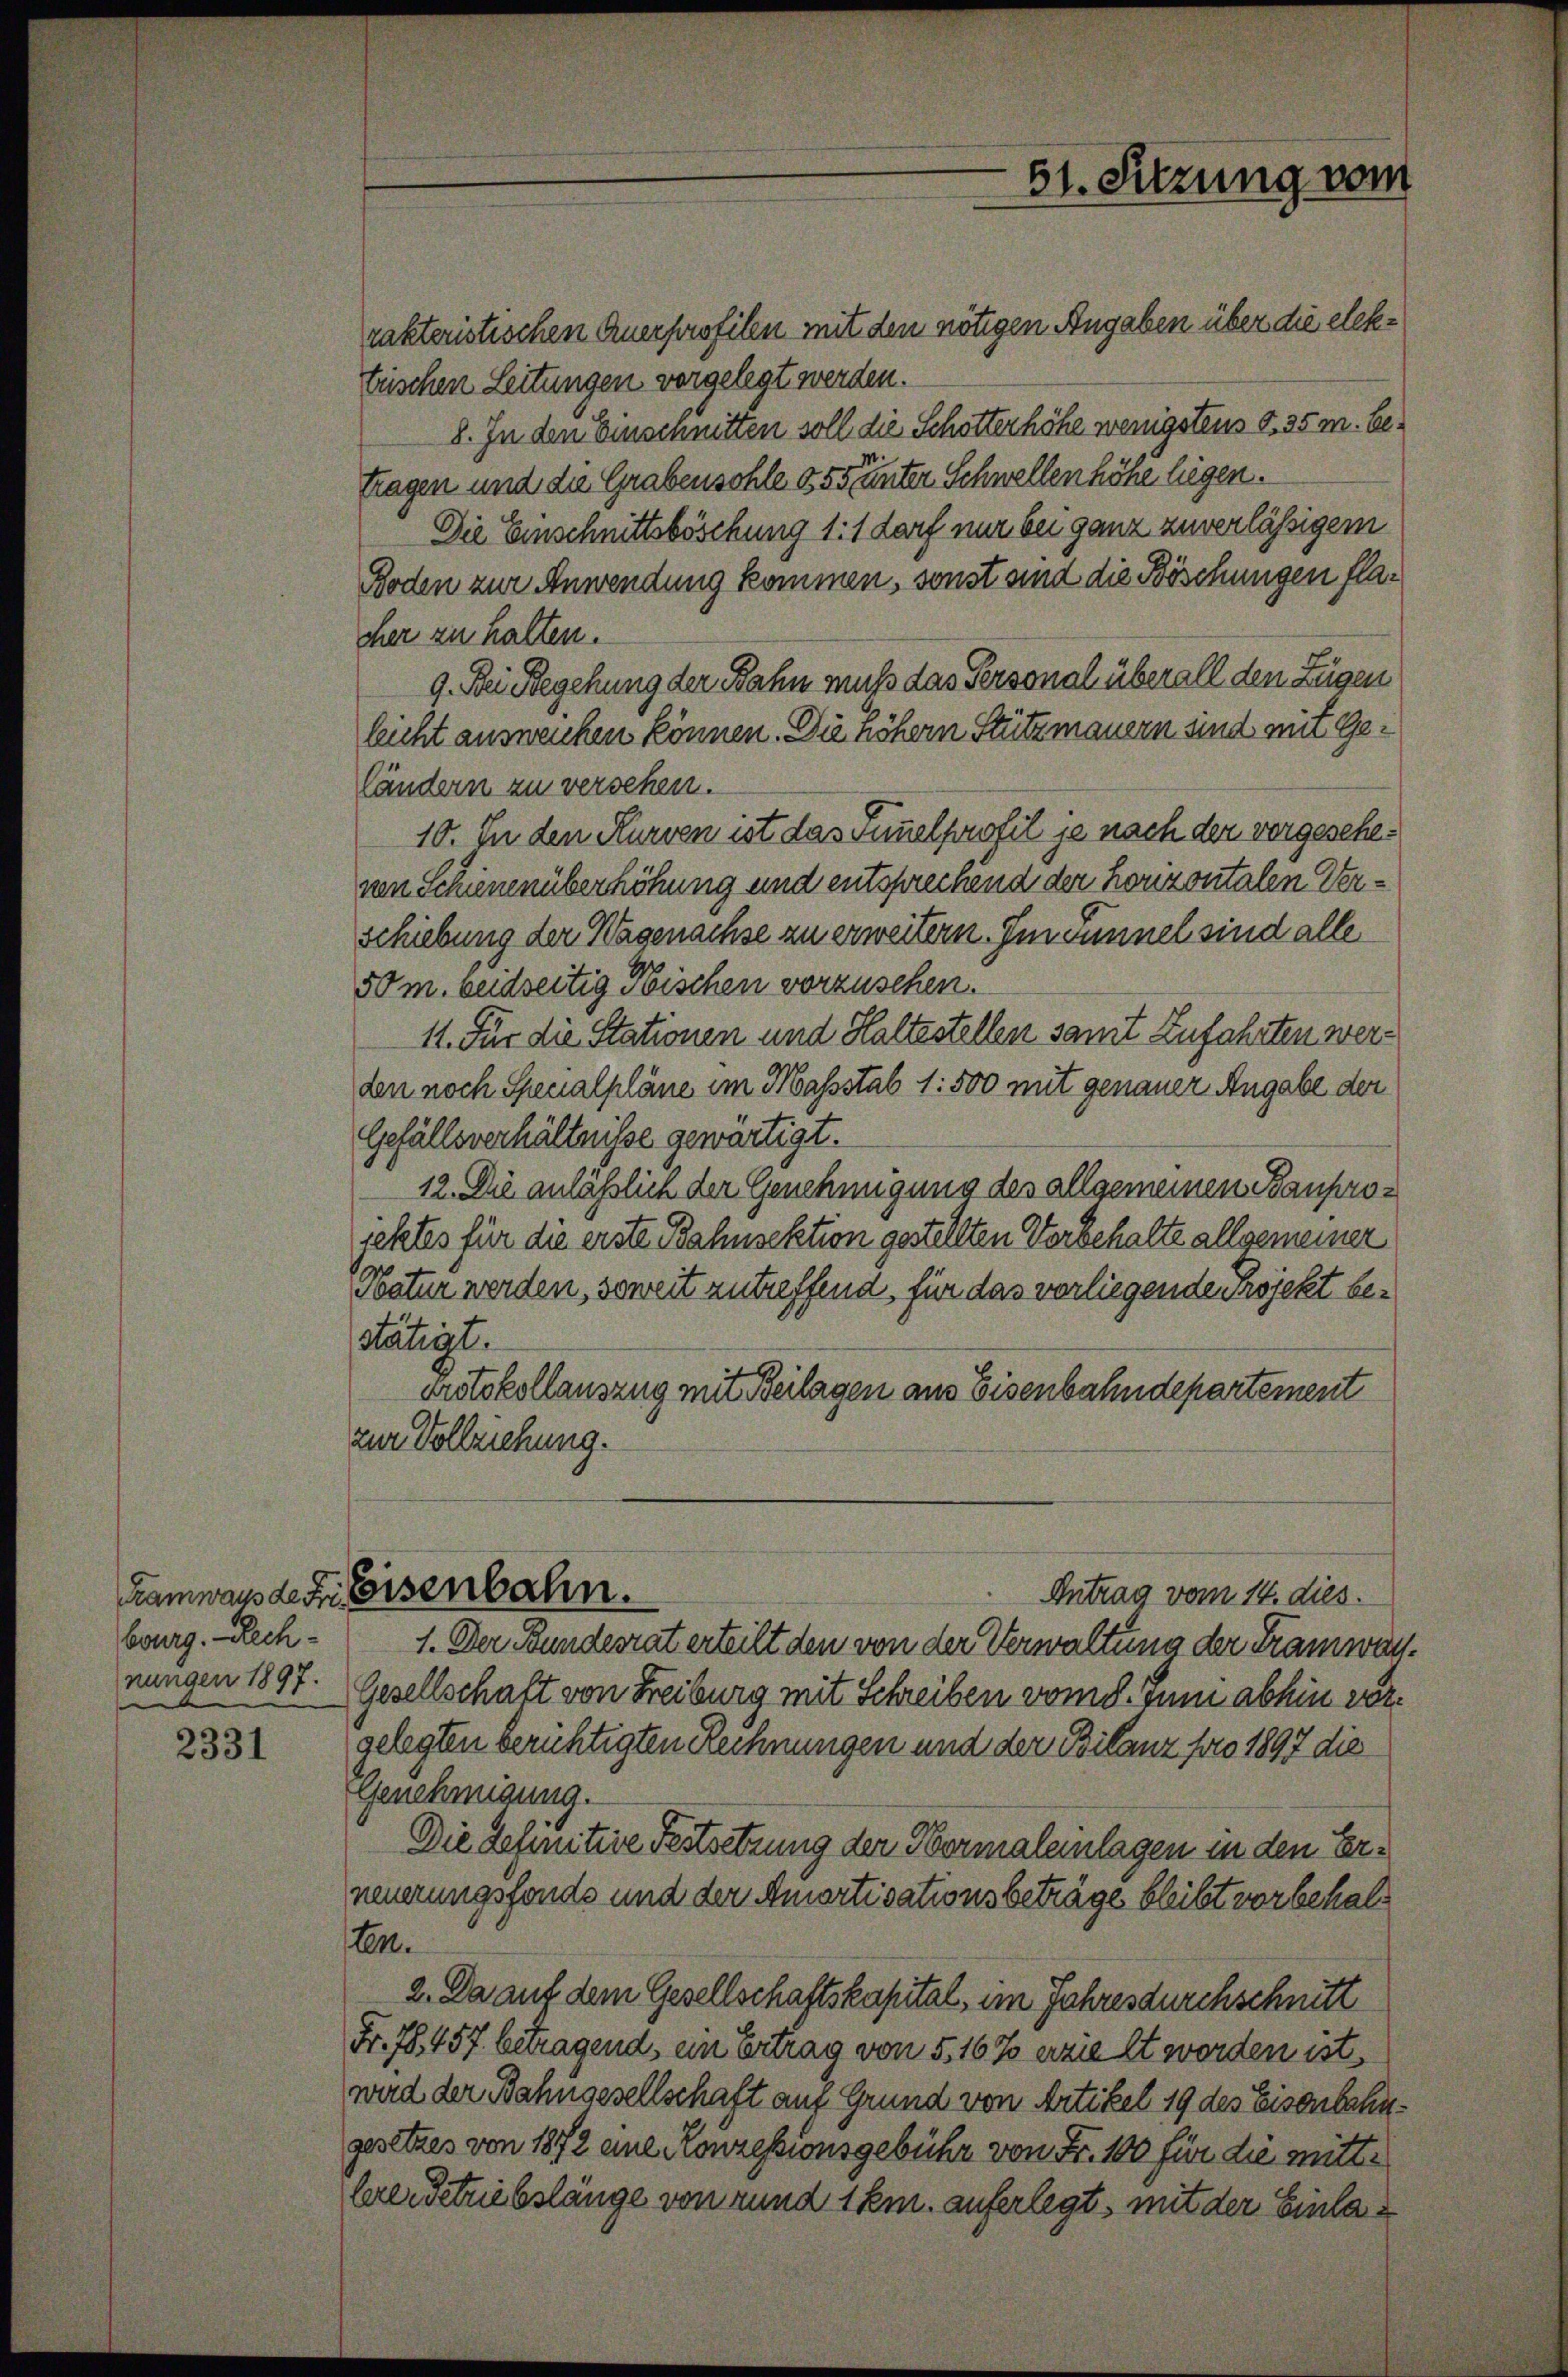
burg. - Rech¬

2331

rakteristischen Querpossilen mit den nötigen Angaben über die elektrischen Leitungen vergelegt werden.
8. In den Einsennitten soll die Schötterhöhe wenigstens S. 35 m. befragen und die Grabensohle es seiner Schwellen höhe liegen.
Die Einschnittsböschung 11 darf nur bei ganz zuverlässigem
Boden zur Anwendung kommen, sonst und die Böschungen flaher zu halten.
9. Bei Begehung der Bahn muß das Personal überall den Zügen
leicht auswenken können. Die höhern Stützmauern sind mit Geländern zu versehen.
10. In den Kurven ist das Funelprofil je nach der vorgescheven Schienenüberhöhung und entsprechend der horizontalen Verschiebung der Wagenachse zu erweitern. Im Fennel sind alle
50 m. beidseitig soischen vorzusehen.
11. Für die Stationen und Haltestellen samt Zufahrten werden noch Specialpläne im Massstab 1: 500 mit genauer Angabe der
Gefällsverhältnisse gewärtigt.
12. Die anläßlich der Genehmigung des allgemeinen Bauprojetztes für die erste Bahnsektion gestellten Vorbehalte allgemeiner
Satur werden, soweit zutreffend, für das vorliegende Projekt bestätigt.
Protokollauszug mit Beilagen aus Eisenbahndepartement
zur Vollziehung.
Tramways der Eisenbahn.
Antrag vom 14. dies.
1. Der Bundesrat erteilt den von der Verwaltung der Tramwan
nungen 1897. Gesellschaft von Freiburg mit Schreiben vom 8. Juni abhin vorgelegten berichtigten Rechnungen und der Bilanz pro 1897 die
Genehmigung.
Die Definitive Festsetzung der Obermaleinlagen in den Erneuerungsfonde und der Amortisationsbeträge bleibt vorbehalten.
2. Da auf dem Gesellschaftskapital, im Jahres durchschnitt
Fr. 78. 457 betragend, ein Ertrag von 5,16% erzielt werden ist.
wird der Bahngesellschaft auf Grund von Artikel 19 des Eisenbahngesetzes von 1872 eine Konzessionsgebühr von Fr. 100 für die mitt¬
Ererbetriebslänge von rund 1 km. auferlegt, mit der Einla¬

51. Sitzung vom